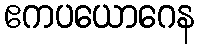
ဧကပယောဂေန